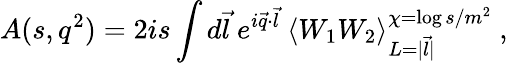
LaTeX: A(s,q^{2})=2is\int d\vec{l}\ e^{i\vec{q}\cdot\vec{l}}\ \langle W_{1}W_{2}\rangle_{L=|\vec{l}|}^{\chi=\log s/m^{2}}\ ,